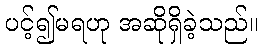
ပင့်၍မရဟု အဆိုရှိခဲ့သည်။